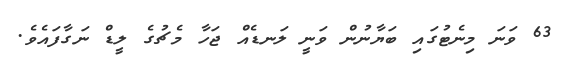
63 ވަނަ މިނެޓުގައި ބަޔާނުން ވަނީ ލަނޑެއް ޖަހާ މެޗުގެ ލީޑް ނަގާފައެވެ.